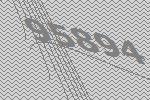
95894